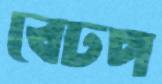
বেঢপ